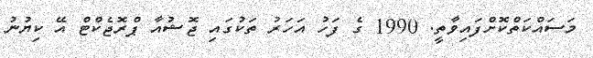
މަސައްކަތްކޮށްފައިވާތީ. 1990 ގެ ފަހު އަހަރު ތަކުގައި ޖޮޝުއާ ޕްރޮޖެކްޓް އޭ ކިޔުނު